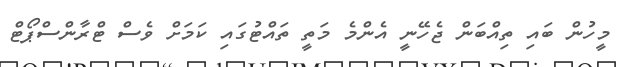
މީހުން ބައި ތިއްބަން ޖެހޭނީ އެންމެ މަތީ ތައްޓުގައި ކަމަށް ވެސް ޓްރާންސްޕޯޓް